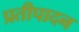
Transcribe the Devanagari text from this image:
प्रतीपादन